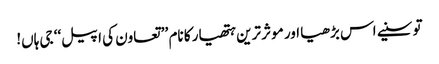
تو سنیے اس بڑھیا اور موثر ترین ہتھیار کا نام ’’ تعاون کی اپیل‘‘ جی ہاں!